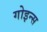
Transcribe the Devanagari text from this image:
गोइन्स